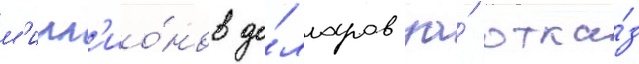
м'илл'ио́нов до́лларов за́ отка́з